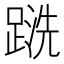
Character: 𲃹